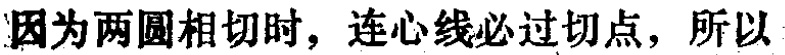
因为两圆相切时，连心线必过切点，所以